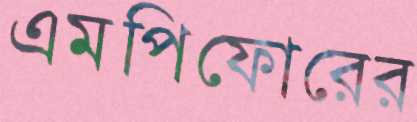
এমপিফোরের